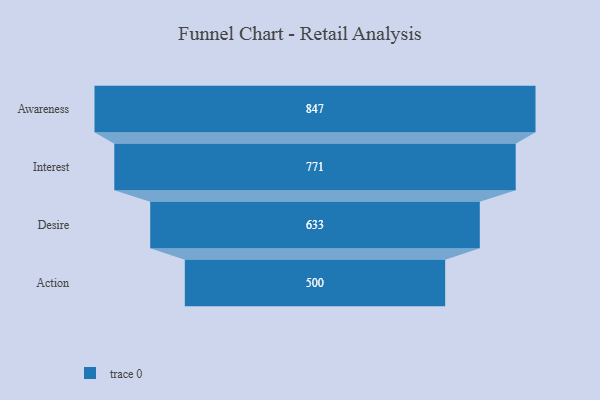
{"axis": {"x": "Stage", "y": "Value"}, "legend": [""], "data": [{"x": "Awareness", "y": 847.0, "type": ""}, {"x": "Interest", "y": 771.0, "type": ""}, {"x": "Desire", "y": 633.0, "type": ""}, {"x": "Action", "y": 500, "type": ""}]}